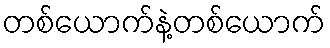
တစ်ယောက်နဲ့တစ်ယောက်